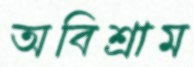
অবিশ্রাম